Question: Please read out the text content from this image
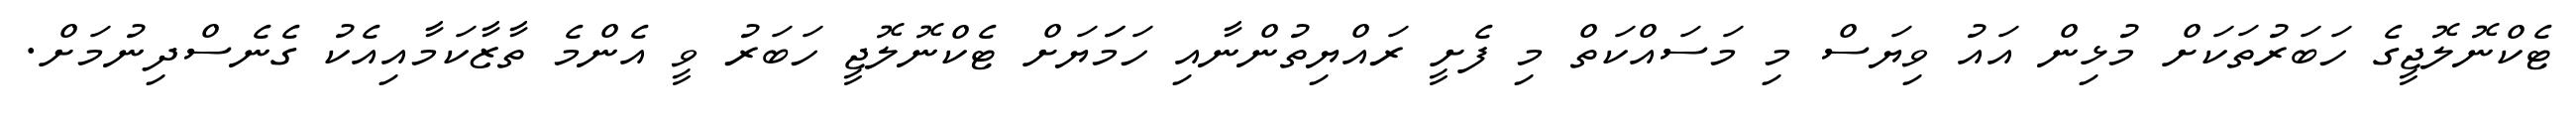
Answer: ޓެކްނޮލޮޖީގެ ހަބަރުތަކަށް މުޅިން އައު ވިޔަސް މި މަސައްކަތް މި ފެށީ ރައްޔިތުންނާއި ހަމަަޔަށް ޓެކްނޮލޮޖީ ހަބަރު ވީ އެންމެ ތާޒާކަމާއިއެކު ގެނެސްދިނުމަށް.